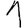
Digit: 1